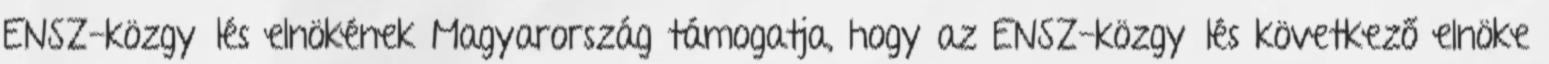
ENSZ-közgyűlés elnökének Magyarország támogatja, hogy az ENSZ-közgyűlés következő elnöke